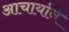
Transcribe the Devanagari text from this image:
आचार्याने